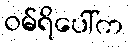
ဝမ်ရိပေါ်က